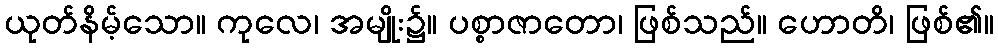
ယုတ်နိမ့်သော။ ကုလေ၊ အမျိုး၌။ ပစ္စာဇာတော၊ ဖြစ်သည်။ ဟောတိ၊ ဖြစ်၏။